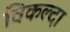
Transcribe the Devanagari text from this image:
चिकल्दा